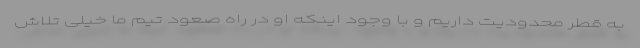
به قطر محدودیت داریم و با وجود اینکه او در راه صعود تیم ما خیلی تلاش